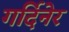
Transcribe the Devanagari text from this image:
गर्दिनेर